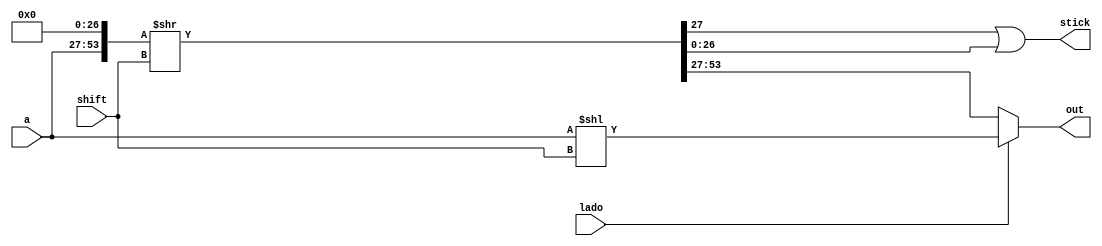
module shifter (
    input [26:0] a,
    input [8:0] shift,
    input lado, // 1 para esqueda
    output stick,
    output [26:0] out
);

wire [26:0] forStick;
wire [26:0] rightShift;

assign {rightShift, forStick} = {a, 27'b0} >> shift;
assign stick = rightShift[0] || forStick;

assign out = (lado)? a << shift : rightShift; 

endmodule